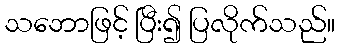
သဘောဖြင့် ပြီး၍ ပြလိုက်သည်။